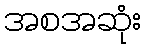
အစအဆုံး